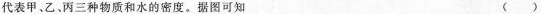
代表甲、乙、丙三种物质和水的密度。据图可知 ()